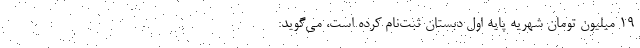
19 میلیون تومان شهریه پایه اول دبستان ثبت‌نام کرده است، می‌گوید: